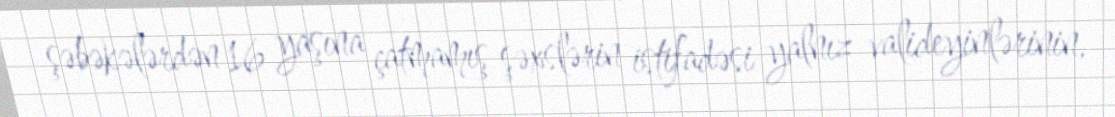
şəbəkələrdən 16 yaşına çatmamış şəxslərin istifadəsi yalnız valideyinlərinin,